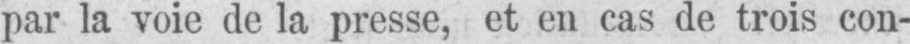
par la voie de la presse, et en cas de trois con-